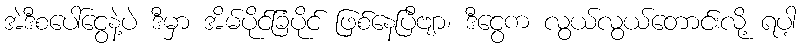
အဲဒီစပေါ်ငွေနဲ့ပဲ ဒီမှာ အိမ်ပိုင်ခြံပိုင် ဖြစ်နေပြီဗျာ၊ ဒီငွေက လွယ်လွယ်တောင်းလို့ ရပါ့